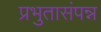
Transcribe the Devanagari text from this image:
प्रभुतासंपन्न